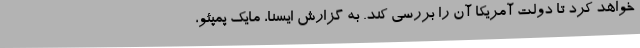
خواهد کرد تا دولت آمریکا آن را بررسی کند. به گزارش ایسنا، مایک پمپئو،